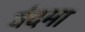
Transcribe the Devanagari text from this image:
वंदमा